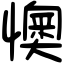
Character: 懊